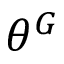
\theta ^ { G }